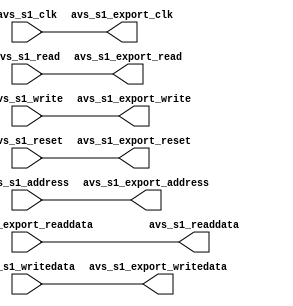
module CAMERA_IF(	//	avalon MM slave port, ISP1362, host control
					// global
					//===== avalon MM s1 slave (read/write)
					// read/write
					avs_s1_clk,
					avs_s1_address,
					avs_s1_readdata,
					avs_s1_read,
					avs_s1_writedata,
					avs_s1_write,
					avs_s1_reset,
					//
					
					//===== Interface s1 to export
					// read/write
					avs_s1_export_clk,
					avs_s1_export_address,
					avs_s1_export_readdata,
					avs_s1_export_read,
					avs_s1_export_writedata,
					avs_s1_export_write,
					avs_s1_export_reset
				
					
			
				 );
				
/*****************************************************************************
 *                           Parameter Declarations                          *
 *****************************************************************************/


/*****************************************************************************
 *                             Internal Wire/Register                         *
 *****************************************************************************/


/*****************************************************************************
 *                             Port Declarations                             *
 *****************************************************************************/
 // s1
input				avs_s1_clk;
input	[1:0]		avs_s1_address;
output	[31:0]		avs_s1_readdata;
input				avs_s1_read;
input	[31:0]		avs_s1_writedata;
input				avs_s1_write;
input				avs_s1_reset;



					//

//===== Interface to export
// s1
output				avs_s1_export_clk;
output	[1:0]		avs_s1_export_address;
input	[31:0]		avs_s1_export_readdata;
output				avs_s1_export_read;
output	[31:0]		avs_s1_export_writedata;
output				avs_s1_export_write;
output				avs_s1_export_reset;



/*****************************************************************************
 *                            Sequence logic                                  *
 *****************************************************************************/
 


/*****************************************************************************
 *                            Combinational logic                            *
 *****************************************************************************/
// s1
assign	avs_s1_export_clk = avs_s1_clk;
assign	avs_s1_export_address = avs_s1_address;
assign	avs_s1_readdata = avs_s1_export_readdata;
assign	avs_s1_export_read = avs_s1_read;
assign	avs_s1_export_writedata = avs_s1_writedata;
assign	avs_s1_export_write = avs_s1_write;
assign	avs_s1_export_reset = avs_s1_reset;


endmodule